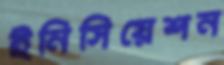
ইনিসিয়েশন